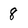
Character: 8